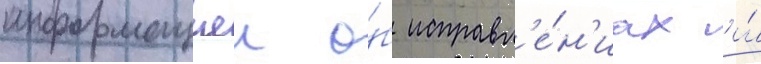
информациеи о́б исправл'е́н'иах и́